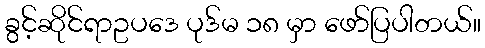
ခွင့်ဆိုင်ရာဥပဒေ ပုဒ်မ ၁၈ မှာ ဖော်ပြပါတယ်။